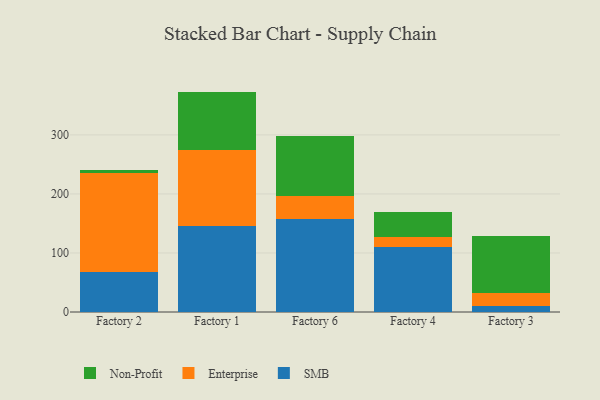
{"axis": {"x": "Factory", "y": "Waste Production (Tons)"}, "legend": ["Enterprise", "Non-Profit", "SMB"], "data": [{"x": "Factory 2", "y": 67.5, "type": "SMB"}, {"x": "Factory 2", "y": 167.3, "type": "Enterprise"}, {"x": "Factory 2", "y": 6.2, "type": "Non-Profit"}, {"x": "Factory 1", "y": 144.9, "type": "SMB"}, {"x": "Factory 1", "y": 129.5, "type": "Enterprise"}, {"x": "Factory 1", "y": 99.0, "type": "Non-Profit"}, {"x": "Factory 6", "y": 157.9, "type": "SMB"}, {"x": "Factory 6", "y": 39.1, "type": "Enterprise"}, {"x": "Factory 6", "y": 101.7, "type": "Non-Profit"}, {"x": "Factory 4", "y": 110.7, "type": "SMB"}, {"x": "Factory 4", "y": 17.2, "type": "Enterprise"}, {"x": "Factory 4", "y": 40.8, "type": "Non-Profit"}, {"x": "Factory 3", "y": 9.5, "type": "SMB"}, {"x": "Factory 3", "y": 22.4, "type": "Enterprise"}, {"x": "Factory 3", "y": 96.6, "type": "Non-Profit"}]}